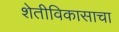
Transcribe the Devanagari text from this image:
शेतीविकासाचा